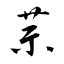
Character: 萗